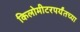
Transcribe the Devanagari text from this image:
किलोमीटरपर्यंतच्या